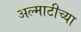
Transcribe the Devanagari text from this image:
अल्माटीच्या